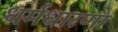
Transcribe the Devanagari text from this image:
धर्मधारणा